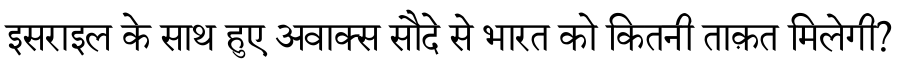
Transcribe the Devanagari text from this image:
इसराइल के साथ हुए अवाक्स सौदे से भारत को कितनी ताक़त मिलेगी?